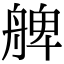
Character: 𦩖